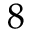
8